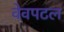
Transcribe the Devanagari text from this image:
वेवपटल